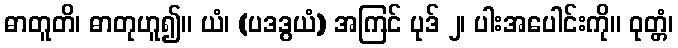
ဓာတူတိ၊ ဓာတုဟူ၍။ ယံ၊ (ပဒဒွယံ) အကြင် ပုဒ် ၂၊ ပါးအပေါင်းကို။ ဝုတ္တံ၊